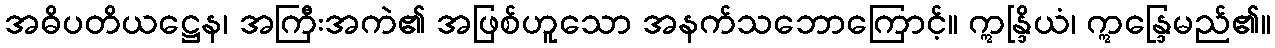
အဓိပတိယဋ္ဌေန၊ အကြီးအကဲ၏ အဖြစ်ဟူသော အနက်သဘောကြောင့်။ ဣန္ဒြိယံ၊ ဣန္ဒြေမည်၏။